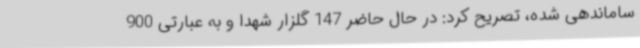
ساماندهی شده، تصریح کرد: در حال حاضر 147 گلزار شهدا و به‌ عبارتی 900